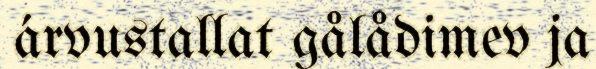
árvustallat gålådimev ja